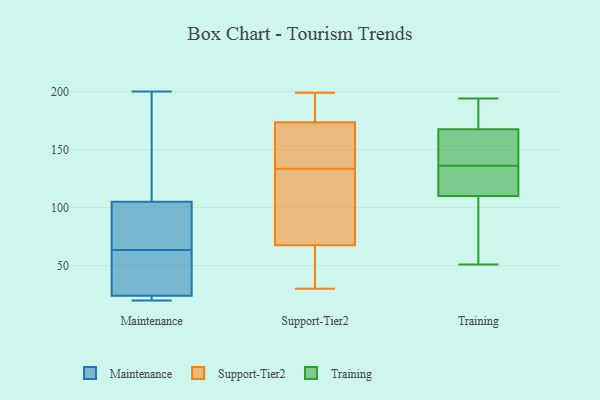
{"axis": {"x": "Revenue (USD Million)", "y": "Value"}, "legend": ["Maintenance", "Support-Tier2", "Training"], "data": [{"x": "", "y": 175, "type": "Maintenance"}, {"x": "", "y": 105, "type": "Maintenance"}, {"x": "", "y": 28, "type": "Maintenance"}, {"x": "", "y": 100, "type": "Maintenance"}, {"x": "", "y": 95, "type": "Maintenance"}, {"x": "", "y": 20, "type": "Maintenance"}, {"x": "", "y": 21, "type": "Maintenance"}, {"x": "", "y": 200, "type": "Maintenance"}, {"x": "", "y": 24, "type": "Maintenance"}, {"x": "", "y": 32, "type": "Maintenance"}, {"x": "", "y": 123, "type": "Support-Tier2"}, {"x": "", "y": 69, "type": "Support-Tier2"}, {"x": "", "y": 194, "type": "Support-Tier2"}, {"x": "", "y": 73, "type": "Support-Tier2"}, {"x": "", "y": 170, "type": "Support-Tier2"}, {"x": "", "y": 63, "type": "Support-Tier2"}, {"x": "", "y": 163, "type": "Support-Tier2"}, {"x": "", "y": 66, "type": "Support-Tier2"}, {"x": "", "y": 55, "type": "Support-Tier2"}, {"x": "", "y": 125, "type": "Support-Tier2"}, {"x": "", "y": 152, "type": "Support-Tier2"}, {"x": "", "y": 193, "type": "Support-Tier2"}, {"x": "", "y": 52, "type": "Support-Tier2"}, {"x": "", "y": 142, "type": "Support-Tier2"}, {"x": "", "y": 30, "type": "Support-Tier2"}, {"x": "", "y": 177, "type": "Support-Tier2"}, {"x": "", "y": 76, "type": "Support-Tier2"}, {"x": "", "y": 149, "type": "Support-Tier2"}, {"x": "", "y": 199, "type": "Support-Tier2"}, {"x": "", "y": 187, "type": "Support-Tier2"}, {"x": "", "y": 102, "type": "Training"}, {"x": "", "y": 143, "type": "Training"}, {"x": "", "y": 131, "type": "Training"}, {"x": "", "y": 177, "type": "Training"}, {"x": "", "y": 130, "type": "Training"}, {"x": "", "y": 194, "type": "Training"}, {"x": "", "y": 173, "type": "Training"}, {"x": "", "y": 92, "type": "Training"}, {"x": "", "y": 154, "type": "Training"}, {"x": "", "y": 51, "type": "Training"}, {"x": "", "y": 162, "type": "Training"}, {"x": "", "y": 103, "type": "Training"}, {"x": "", "y": 141, "type": "Training"}, {"x": "", "y": 117, "type": "Training"}, {"x": "", "y": 125, "type": "Training"}, {"x": "", "y": 174, "type": "Training"}]}